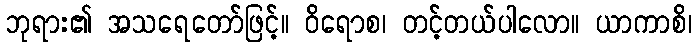
ဘုရား၏ အသရေတော်ဖြင့်။ ဝိရောစ၊ တင့်တယ်ပါလော။ ယာကာစိ၊